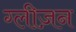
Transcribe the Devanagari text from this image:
ग्लीज़न